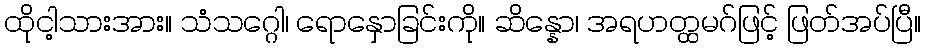
ထိုငါ့သားအား။ သံသဂ္ဂေါ၊ ရောနှောခြင်းကို။ ဆိန္နော၊ အရဟတ္ထမဂ်ဖြင့် ဖြတ်အပ်ပြီ။